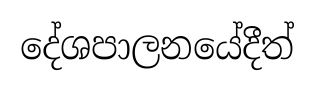
දේශපාලනයේදීත්